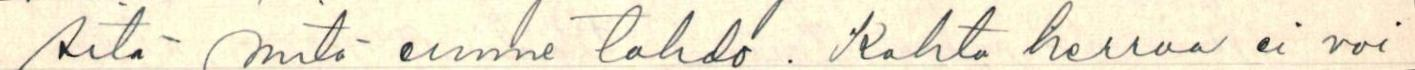
sitä mitä emme tahdo. Kahta herraa ei voi